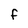
Character: F